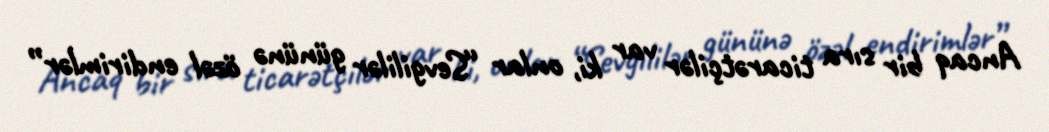
Ancaq bir sıra ticarətçilər var ki, onlar “Sevgililər gününə özəl endirimlər”